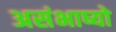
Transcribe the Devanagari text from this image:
असंभाष्यो